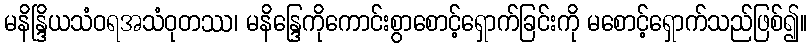
မနိန္ဒြိယသံဝရအသံဝုတဿ၊ မနိန္ဒြေကိုကောင်းစွာစောင့်ရှောက်ခြင်းကို မစောင့်ရှောက်သည်ဖြစ်၍။